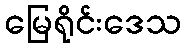
မြေရိုင်းဒေသ